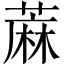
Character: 蔴